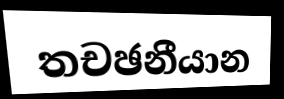
තචඡනීයාන